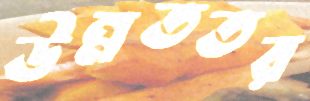
উন্নততর